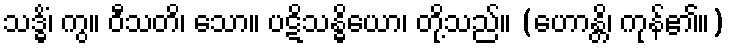
သဒ္ဓိံ၊ ကွ။ ဝီသတိ၊ သော။ ပဋိသန္ဓိယော၊ တို့သည်။ (ဟောန္တိ၊ ကုန်၏။)